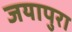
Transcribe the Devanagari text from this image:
जयापुरा